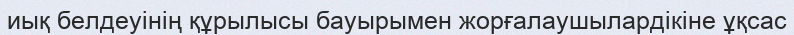
иық белдеуінің құрылысы бауырымен жорғалаушылардікіне ұқсас